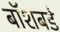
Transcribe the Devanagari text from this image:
बॉशबर्ड